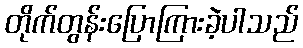
တိုက်တွန်းပြောကြားခဲ့ပါသည်